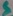
Text: S